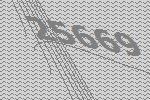
25669